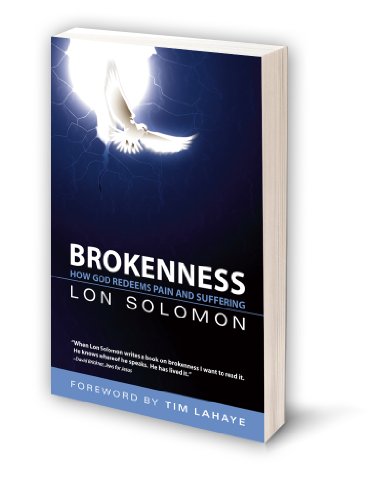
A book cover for Brokenness; Lon Solomon; Sports & Outdoors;